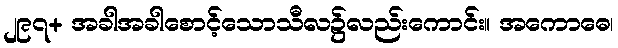
၂၉၇+ အခါအခါစောင့်သောသီလ၌လည်းကောင်း။ အကောဓေ၊